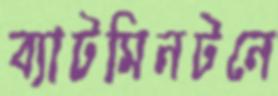
ব্যাটমিনটনে